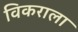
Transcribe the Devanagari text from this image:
विकराला